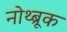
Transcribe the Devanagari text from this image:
नोथ्ब्रूक